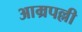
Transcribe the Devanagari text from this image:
आम्रपल्ली